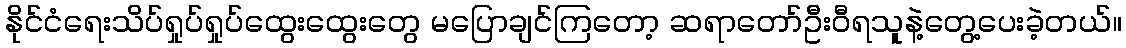
နိုင်ငံရေးသိပ်ရှုပ်ရှုပ်ထွေးထွေးတွေ မပြောချင်ကြတော့ ဆရာတော်ဦးဝီရသူနဲ့တွေ့ပေးခဲ့တယ်။